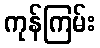
ကုန်ကြမ်း